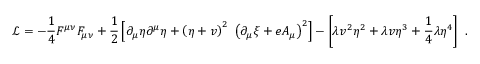
\ { \mathcal { L } } = - { \frac { 1 } { 4 } } F ^ { \mu \nu } F _ { \mu \nu } + { \frac { 1 } { 2 } } \left[ \partial _ { \mu } \eta \partial ^ { \mu } \eta + \left( \eta + v \right) ^ { 2 } \ \left( \partial _ { \mu } \xi + e A _ { \mu } \right) ^ { 2 } \right] - \left[ \lambda v ^ { 2 } \eta ^ { 2 } + \lambda v \eta ^ { 3 } + { \frac { 1 } { 4 } } \lambda \eta ^ { 4 } \right] ~ .